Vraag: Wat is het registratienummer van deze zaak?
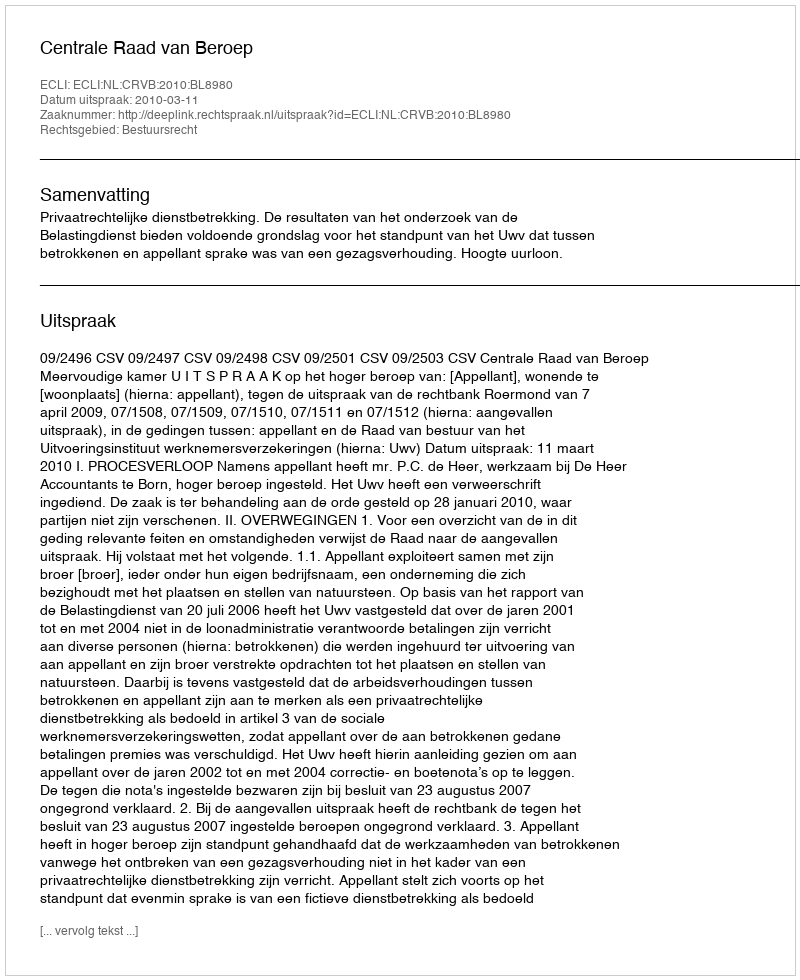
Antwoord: http://deeplink.rechtspraak.nl/uitspraak?id=ECLI:NL:CRVB:2010:BL8980